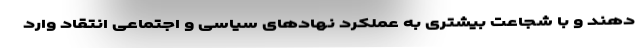
دهند و با شجاعت بیشتری به عملکرد نهادهای سیاسی و اجتماعی انتقاد وارد